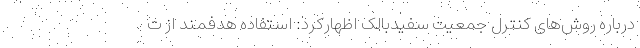
درباره روش‌های کنترل جمعیت سفیدبالک اظهارکرد: استفاده هدفمند از ت